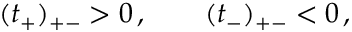
( t _ { + } ) _ { + - } > 0 \, , \qquad ( t _ { - } ) _ { + - } < 0 \, ,